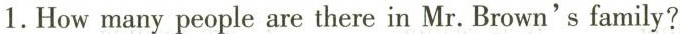
1.Howmany people are there in Mr. Brown's family?